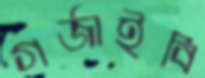
গর্জাইবি